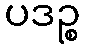
ပဒဉ္စ